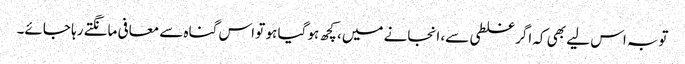
توبہ اس لیے بھی کہ اگر غلطی سے، انجانے میں، کچھ ہو گیا ہو تو اس گناہ سے معافی مانگتے رہا جائے۔